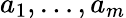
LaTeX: {a}_{1},\ldots,{a}_{m}